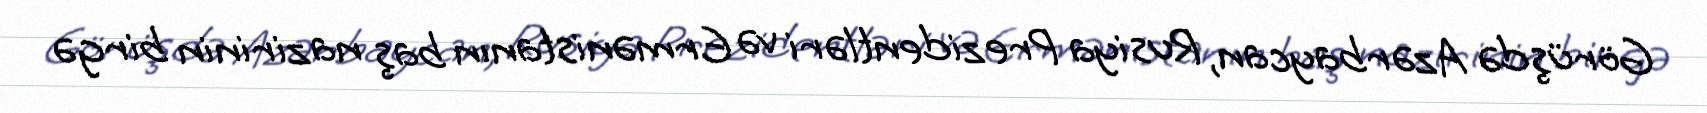
Görüşdə Azərbaycan, Rusiya Prezidentləri və Ermənistanın baş nazirinin birgə